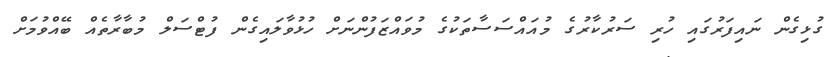
ގުޅިގެން ނައިފަރުގައި ހުރި ސަރުކާރުގެ މުއައްސަސާތަކުގެ މުވައްޒަފުންނަށް ހުޅުވާލައިގެން ފުޓްސަލް މުބާރާތެއް ބޭއްވުމަށް